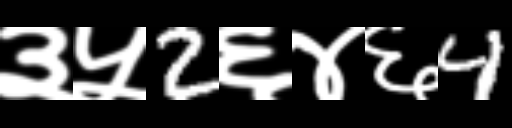
Text: ३५2६४६4